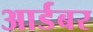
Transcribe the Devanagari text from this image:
आर्डबर